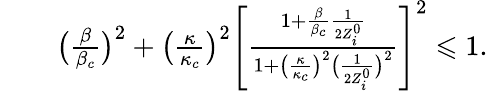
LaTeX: \begin{array}{rlr}&{}&{\big(\frac{\beta}{\beta_{c}}\big)^{2}+\big(\frac{\kappa}{\kappa_{c}}\big)^{2}\Bigg[\frac{1+\frac{\beta}{\beta_{c}}\frac{1}{2Z_{i}^{0}}}{1+\big(\frac{\kappa}{\kappa_{c}}\big)^{2}\big(\frac{1}{2Z_{i}^{0}}\big)^{2}}\Bigg]^{2}\leqslant 1.}\end{array}